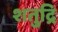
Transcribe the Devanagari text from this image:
शतुद्रि